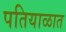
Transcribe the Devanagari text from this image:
पतियाळात